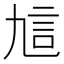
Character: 訄